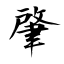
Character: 肇